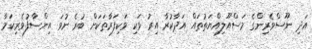
އަދި ނޫސްވެރިންގެ މަސްއޫލިއްޔަތުތައް އަދާކުރާ އިރު ވަކި ވަކިފަރާތަކަށް ބުރެ ނުވަ އިންސާފުވެރިކަމާ